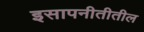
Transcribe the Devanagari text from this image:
इसापनीतीतील